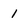
Character: 1